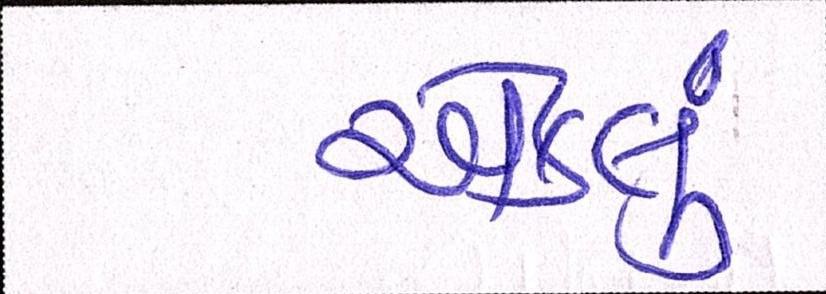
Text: એકલું